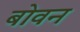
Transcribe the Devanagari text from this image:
बोवन